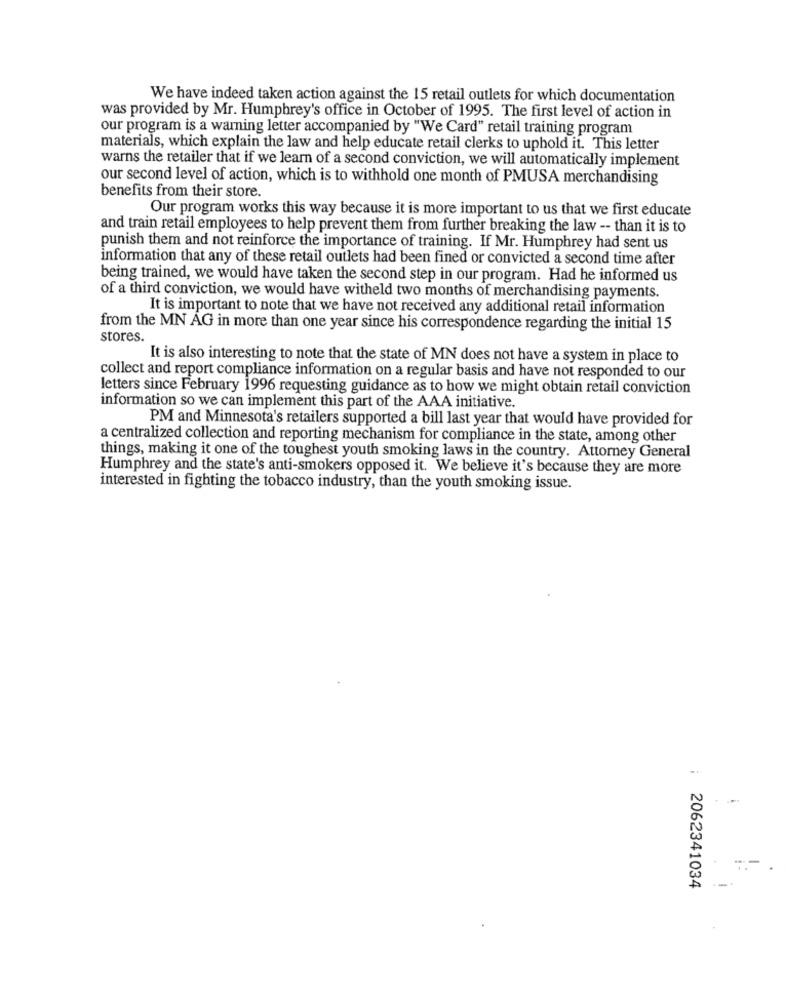
We have indeed taken action against the 15 retail outlets for which documentation
was provided by Mr. Humphrey's office in October of 1995. The first level of action in
our program is a warning letter accompanied by "We Card" retail training program
materials, which explain the law and help educate retail clerks to uphold it. This letter
warns the retailer that if we learn of a second conviction, we will automatically implement
our second level of action, which is to withhold one month of PMUSA merchandising
benefits from their store.
Our program works this way because it is more important to us that we first educate
and train retail employees to help prevent them from further breaking the law -- than it is to
punish them and not reinforce the importance of training. If Mr. Humphrey had sent us
information that any of these retail outlets had been fined or convicted a second time after
being trained, we would have taken the second step in our program. Had he informed us
of a third conviction, we would have witheld two months of merchandising payments.
It is important to note that we have not received any additional retail information
from the MN AG in more than one year since his correspondence regarding the initial 15
stores.
It is also interesting to note that the state of MN does not have a system in place to
collect and report compliance information on a regular basis and have not responded to our
letters since February 1996 requesting guidance as to how we might obtain retail conviction
information so we can implement this part of the AAA initiative.
PM and Minnesota's retailers supported a bill last year that would have provided for
a centralized collection and reporting mechanism for compliance in the state, among other
things, making it one of the toughest youth smoking laws in the country. Attorney General
Humphrey and the state's anti-smokers opposed it. We believe it's because they are more
interested in fighting the tobacco industry, than the youth smoking issue.
2062341034